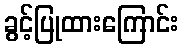
ခွင့်ပြုထားကြောင်း